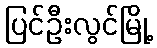
ပြင်ဦးလွင်မြို့